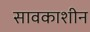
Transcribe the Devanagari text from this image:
सावकाशीन